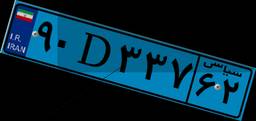
۹۰D۳۳۷۶۲